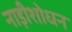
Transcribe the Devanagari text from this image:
नाड़ीशोधन